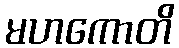
မဟကောတိ